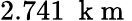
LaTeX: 2.741~\mathrm{~k~m~}